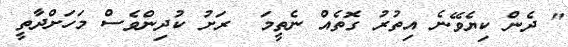
" ދެން ކިޔެވޭނެ އިތުރު ގޮތެއް ނެތީމަ  ރަށު ކުދިންވެސް މަހަށްދާތީ